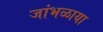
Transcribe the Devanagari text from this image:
जांभळाया